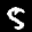
Label: 5